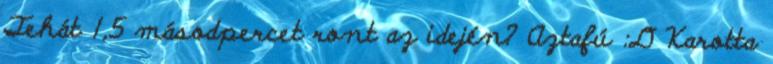
Tehát 1,5 másodpercet ront az idején? Aztafú :D Karotta